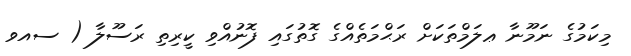
މިކަމުގެ ނަމޫނާ ޢލަމްތަކަށް ރަޙްމަތެއްގެ ގޮތުގައި ފޮނުއްވި ކީރިތި ރަސޫލާ ( ސއވ